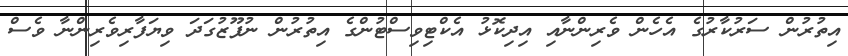
އިތުރުން ސަރުކާރުގެ އެހެން ވެރިންނާއި އިދިކޮޅު އެކްޓިވިސްޓުންގެ އިތުރުން ނުފޫޒުގަދަ ވިޔަފާރިވެރިންނާ ވެސް